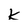
Character: k